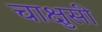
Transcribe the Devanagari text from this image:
चाक्षुसी